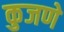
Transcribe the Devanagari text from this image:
कुजणे